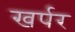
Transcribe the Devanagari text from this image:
खर्पर